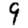
Digit: 9